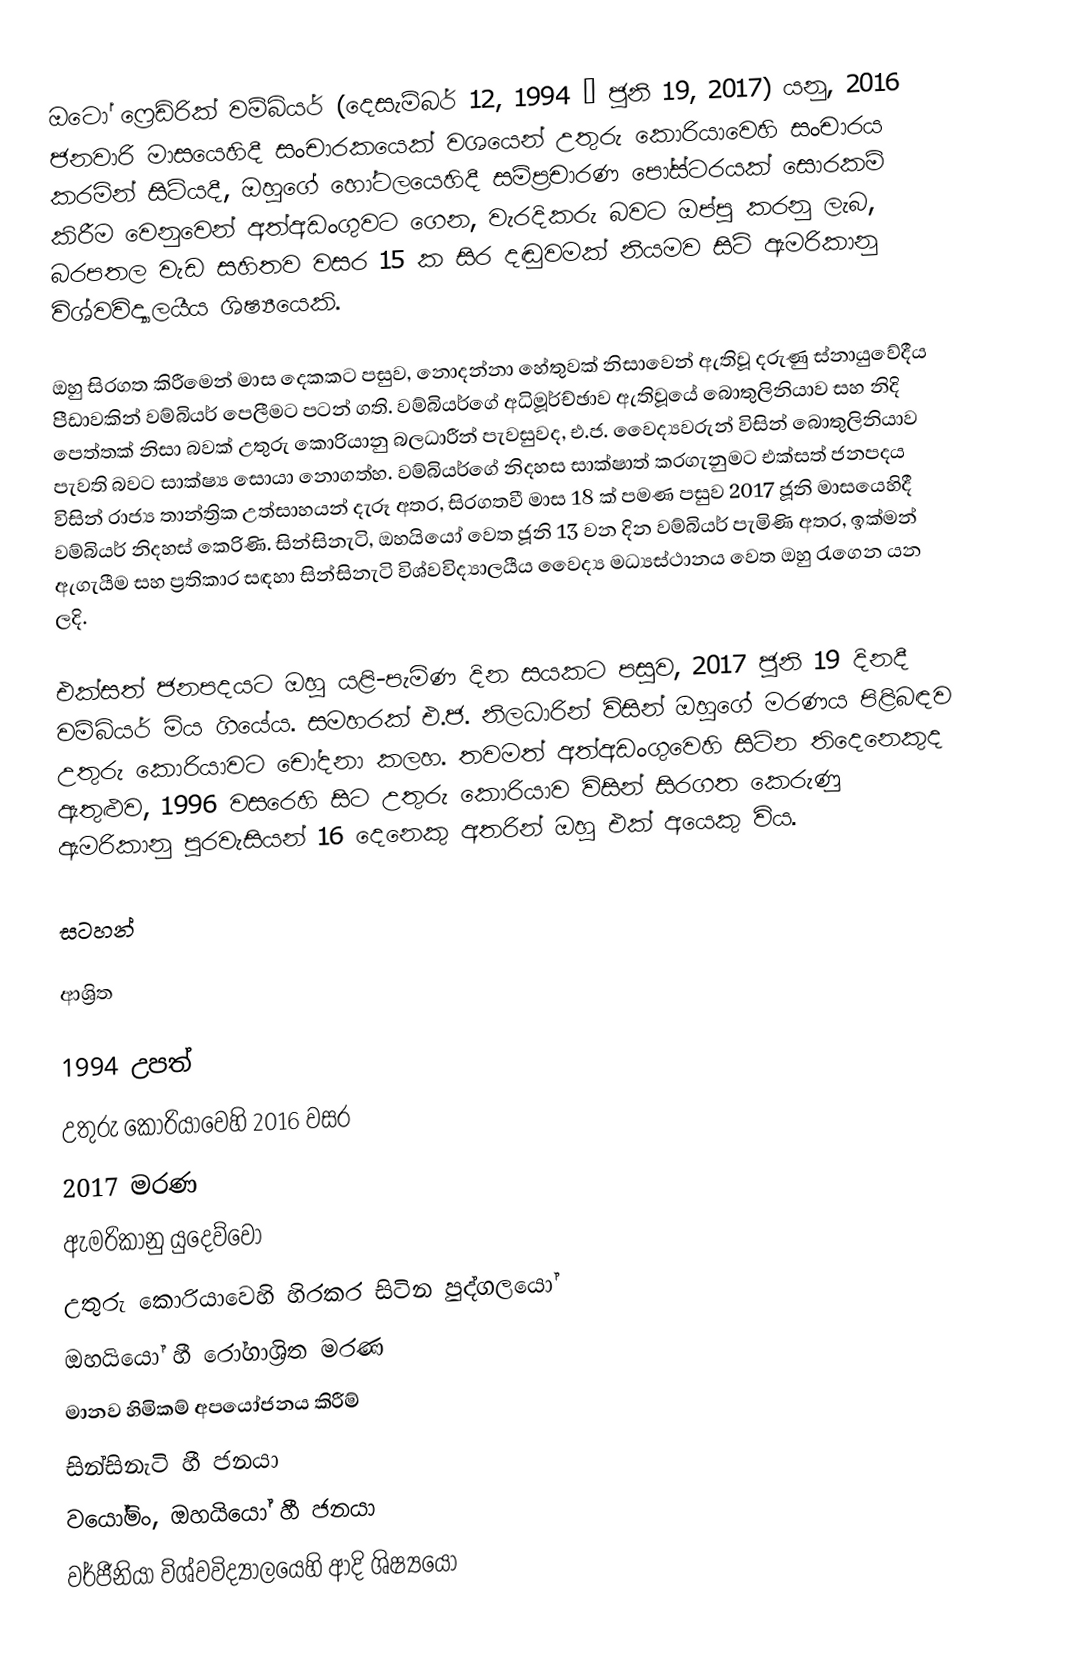
ඔටෝ ෆ්‍රෙඩ්රික් වම්බියර් (දෙසැම්බර් 12, 1994 – ජූනි 19, 2017) යනු,  2016 ජනවාරි මාසයෙහිදී සංචාරකයෙක් වශයෙන් උතුරු කොරියාවෙහි සංචාරය කරමින් සිටියදී, ඔහුගේ හෝටලයෙහිදී සම්ප්‍රචාරණ පෝස්ටරයක් සොරකම් කිරීම වෙනුවෙන් අත්අඩංගුවට ගෙන,  වැරදිකරු බවට ඔප්පු කරනු ලැබ,  බරපතල වැඩ සහිතව වසර 15 ක සිර දඬුවමක් නියමව සිටි ඇමරිකානු විශ්වවිද්‍යාලයීය ශිෂ්‍යයෙකි.

ඔහු සිරගත කිරීමෙන් මාස දෙකකට පසුව, නොදන්නා හේතුවක් නිසාවෙන් ඇතිවූ දරුණු ස්නායුවේදීය පීඩාවකින් වම්බියර් පෙලීමට පටන් ගති. වම්බියර්ගේ අධිමූර්ච්ඡාව ඇතිවූයේ  බොතුලිනියාව සහ නිදි පෙත්තක් නිසා බවක්  උතුරු කොරියානු බලධාරීන් පැවසුවද, එ.ජ. වෛද්‍යවරුන් විසින් බොතුලිනියාව පැවති බවට සාක්ෂ්‍ය සොයා නොගත්හ. වම්බියර්ගේ නිදහස සාක්ෂාත් කරගැනුමට එක්සත් ජනපදය විසින් රාජ්‍ය තාන්ත්‍රික උත්සාහයන් දැරූ අතර, සිරගතවී මාස 18 ක් පමණ පසුව 2017 ජූනි මාසයෙහිදී වම්බියර් නිදහස් කෙරිණි. සින්සිනැටි, ඔහයියෝ වෙත ජූනි 13 වන දින වම්බියර් පැමිණි අතර, ඉක්මන් ඇගැයීම සහ ප්‍රතිකාර සඳහා සින්සිනැටි විශ්වවිද්‍යාලයීය වෛද්‍ය මධ්‍යස්ථානය වෙත ඔහු රැගෙන යන ලදි.

එක්සත් ජනපදයට ඔහු යළි-පැමිණ දින සයකට පසුව, 2017 ජූනි 19 දිනදී වම්බියර් මිය ගියේය. සමහරක් එ.ජ. නිලධාරින් විසින්  ඔහුගේ මරණය පිළිබඳව උතුරු කොරියාවට චෝදනා කලහ. තවමත් අත්අඩංගුවෙහි සිටින තිදෙනෙකුද ඇතුළුව, 1996 වසරෙහි සිට උතුරු කොරියාව විසින් සිරගත කෙරුණු ඇමරිකානු පුරවැසියන් 16 දෙනෙකු අතරින් ඔහු එක් අයෙකු විය.

සටහන්

ආශ්‍රිත

1994 උපත්
 උතුරු කොරියාවෙහි 2016 වසර
2017 මරණ
ඇමරිකානු යුදෙව්වෝ
උතුරු කොරියාවෙහි හිරකර සිටින පුද්ගලයෝ
ඔහයියෝ හී රෝගාශ්‍රිත මරණ
මානව හිමිකම් අපයෝජනය කිරීම්
 සින්සිනැටි හී ජනයා
 වයෝමිං, ඔහයියෝ හී ජනයා
වර්ජීනියා විශ්වවිද්‍යාලයෙහි ආදි ශිෂ්‍යයෝ